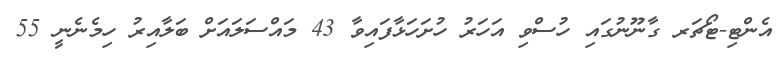
އެންޓި-ޓޯޗަރ ގާނޫނުގައި ހުސްވި އަހަރު ހުށަހަޅާފައިވާ 43 މައްސަލައަށް ބަލާއިރު ހިމެނެނީ 55